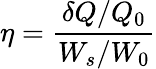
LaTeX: \eta=\frac{\delta Q/Q_{0}}{W_{s}/W_{0}}